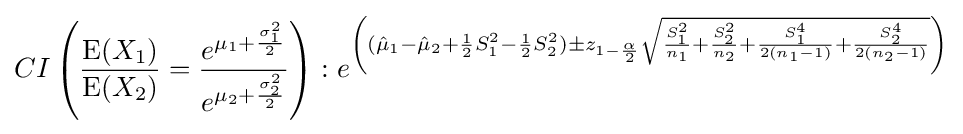
CI\left({\frac {\operatorname {E} (X_{1})}{\operatorname {E} (X_{2})}}={\frac {e^{\mu _{1}+{\frac {\sigma _{1}^{2}}{2}}}}{e^{\mu _{2}+{\frac {\sigma _{2}^{2}}{2}}}}}\right):e^{\left(({\hat {\mu }}_{1}-{\hat {\mu }}_{2}+{\frac {1}{2}}S_{1}^{2}-{\frac {1}{2}}S_{2}^{2})\pm z_{1-{\frac {\alpha }{2}}}{\sqrt {{\frac {S_{1}^{2}}{n_{1}}}+{\frac {S_{2}^{2}}{n_{2}}}+{\frac {S_{1}^{4}}{2(n_{1}-1)}}+{\frac {S_{2}^{4}}{2(n_{2}-1)}}}}\right)}